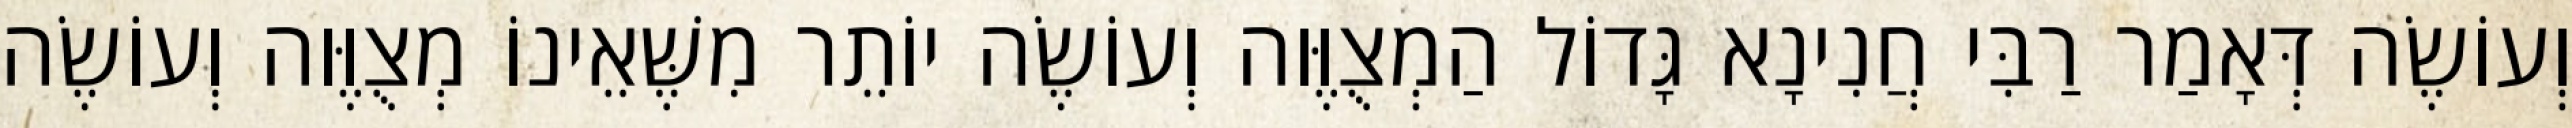
וְעוֹשֶׂה דְּאָמַר רַבִּי חֲנִינָא גָּדוֹל הַמְצֻוֶּוה וְעוֹשֶׂה יוֹתֵר מִשֶּׁאֵינוֹ מְצֻוֶּוה וְעוֹשֶׂה